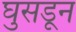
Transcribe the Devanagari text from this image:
घुसडून